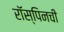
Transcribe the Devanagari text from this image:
रॉस्पिनची